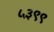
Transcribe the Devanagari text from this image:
५३९९